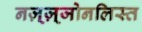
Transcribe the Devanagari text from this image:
नज़्ज़्जोनलिस्त